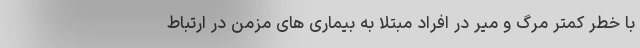
با خطر کمتر مرگ و میر در افراد مبتلا به بیماری های مزمن در ارتباط